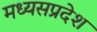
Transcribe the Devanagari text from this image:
मध्यसप्रदेश